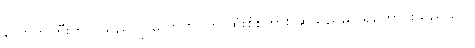
လောကကြီးတွင် သည်လို လောကဝတ် ထုံးစံစကား ဆိုသည်မှာ ရှိကောင်းသည်သာ။